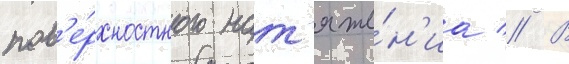
пов'е́рхностного нат'яже́н'иа // В